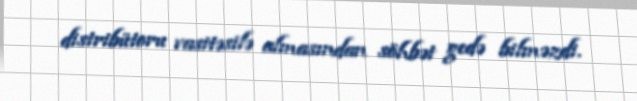
distribütoru vasitəsilə almasından söhbət gedə bilməzdi.